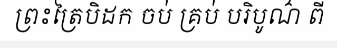
ព្រះត្រៃបិដក ចប់ គ្រប់ បរិបូណ៌ ពី